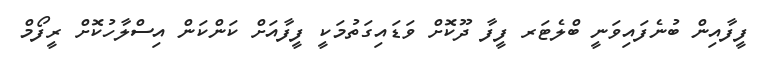
ފީފާއިން ބުނެފައިވަނީ ބްލެޓަރ ފީފާ ދޫކޮށް ވަޑައިގަތުމަކީ ފީފާއަށް ކަންކަން އިސްލާހުކޮށް ރީފޯމް